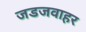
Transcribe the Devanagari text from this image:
जडजवाहर